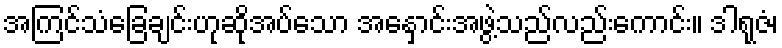
အကြင်သံခြေချင်းဟုဆိုအပ်သော အနှောင်းအဖွဲ့သည်လည်းကောင်း။ ဒါရုဇံ၊